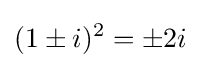
(1\pm i)^{2}=\pm 2i